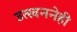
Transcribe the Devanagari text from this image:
उत्खननेही